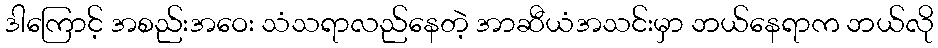
ဒါကြောင့် အစည်းအဝေး သံသရာလည်နေတဲ့ အာဆီယံအသင်းမှာ ဘယ်နေရာက ဘယ်လို